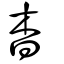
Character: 杳